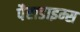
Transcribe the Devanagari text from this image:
पैराडाइम्स